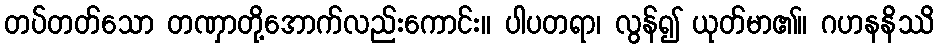
တပ်တတ်သော တဏှာတို့အောက်လည်းကောင်း။ ပါပတရာ၊ လွန်၍ ယုတ်မာ၏။ ဂဟနနိဿိ